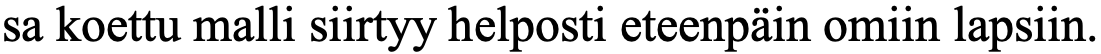
sa koettu malli siirtyy helposti eteenpäin omiin lapsiin.